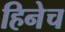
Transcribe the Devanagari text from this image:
हिनेच